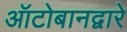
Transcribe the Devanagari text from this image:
ऑटोबानद्वारे